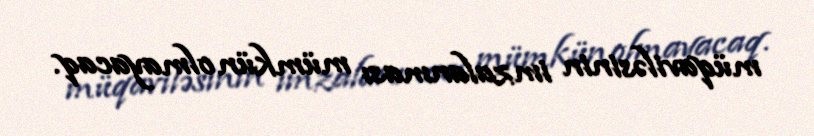
müqaviləsinin imzalanması mümkün olmayacaq.